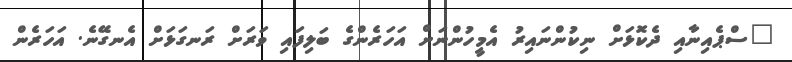
"ސްޕެއިނާއި ދެކޮޅަށް ނިކުންނައިރު އެމީހުންނަށް އަހަރެންގެ ބަލިފައި ވަރަށް ރަނގަޅަށް އެނގޭނެ. އަހަރެން